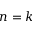
n = k